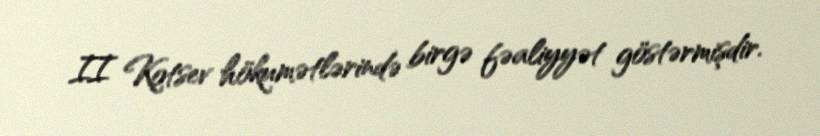
II Kotsev hökumətlərində birgə fəaliyyət göstərmişdir.